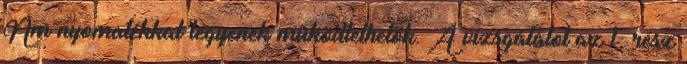
Nm nyomatékkal legyenek mûködtethetõk. A vizsgálatot az 1. rész